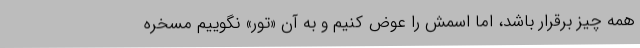
همه چیز برقرار باشد، اما اسمش را عوض کنیم و به آن «تور» نگوییم مسخره